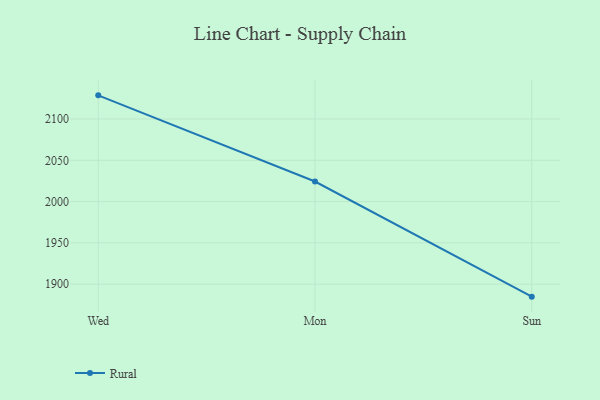
{"axis": {"x": "Day", "y": "Active Users"}, "legend": ["Rural"], "data": [{"x": "Wed", "y": 2128.7, "type": "Rural"}, {"x": "Mon", "y": 2024.3, "type": "Rural"}, {"x": "Sun", "y": 1884.8, "type": "Rural"}]}